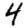
Digit: 4